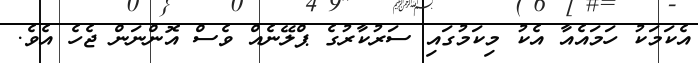
އެކަމަކު ހަމައެއާ އެކު މިކަމުގައި ސަރުކާރުގެ ޕްލޭނެއް ވެސް އޮންނަން ޖެހެ އެވެ.